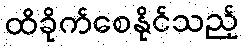
ထိခိုက်စေနိုင်သည့်